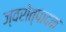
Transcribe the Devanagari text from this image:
ज्वरोत्पादक